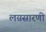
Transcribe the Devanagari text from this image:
लग्नसारणी